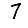
Digit: 7